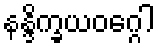
နန္ဒိက္ခယဝဂ္ဂေါ